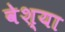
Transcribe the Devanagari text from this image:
वेश्‍या